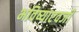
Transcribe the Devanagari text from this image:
भविष्याएवजी